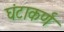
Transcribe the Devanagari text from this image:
घंटाकर्ण